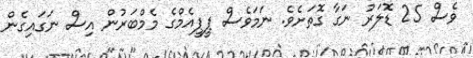
ވެސް 25 ޑޮލަރު ނަގާ ގޮތަށެވެ. ނަމަވެސް ޕީޕީއެމްގެ މެމްބަރުން އިސް ނަގައިގެން